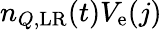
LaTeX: n_{Q,\mathrm{LR}}(t)V_{\mathrm{e}}(j)